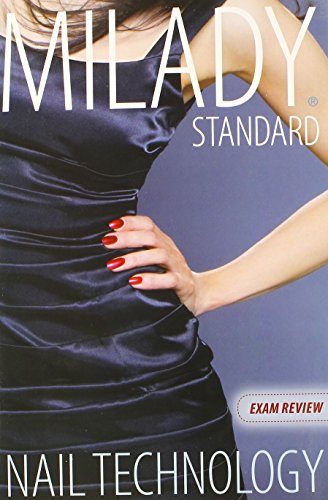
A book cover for Exam Review for Milady Standard Nail Technology; Milady; Health, Fitness & Dieting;